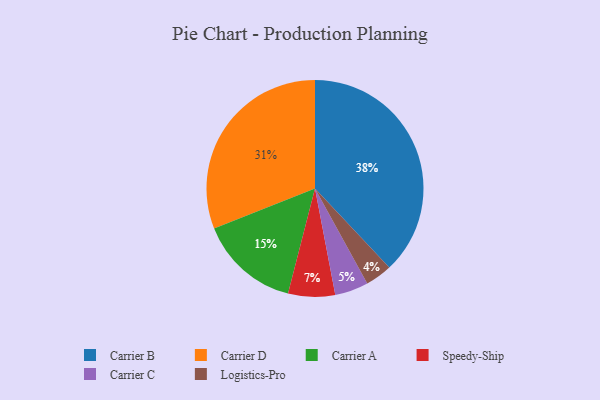
{"axis": {"x": "Category", "y": "Percentage"}, "legend": ["Carrier A", "Carrier B", "Carrier C", "Carrier D", "Logistics-Pro", "Speedy-Ship"], "data": [{"x": "Speedy-Ship", "y": 7, "type": "Speedy-Ship"}, {"x": "Carrier A", "y": 15, "type": "Carrier A"}, {"x": "Carrier D", "y": 31, "type": "Carrier D"}, {"x": "Logistics-Pro", "y": 4, "type": "Logistics-Pro"}, {"x": "Carrier C", "y": 5, "type": "Carrier C"}, {"x": "Carrier B", "y": 38, "type": "Carrier B"}]}